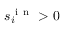
s _ { i } ^ { \mathrm { ~ i ~ n ~ } } > 0